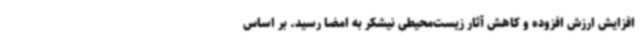
افزایش ارزش افزوده و کاهش آثار زیست‌محیطی نیشکر به امضا رسید. بر اساس